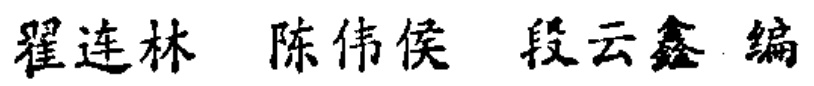
翟连林 陈伟侯 段云鑫 编